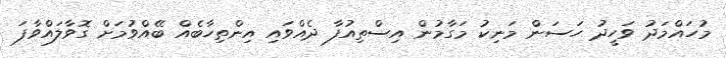
މުހައްމަދު ވަހީދު ހަސަން މަނިކު މަގާމުން އިސްތިއުފާ ދެއްވައި އިންތިހާބެއް ބޭއްވުމަށް ގޮވާލައްވާފަ